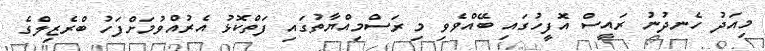
މިއަދު ހެނދުނު ރައީސް އޮފީހުގައި ބޭއްވެވި މި ރަސްމިއްޔާތުގައި ފަތްކޮޅު އެރުއްވުމަށްފަހު ބްރެޒިލްގެ